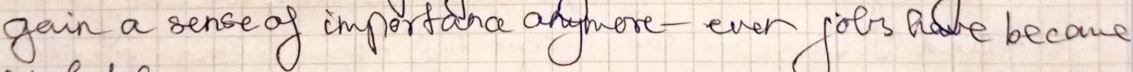
gain a sense of important anymore - ever jobs alike became